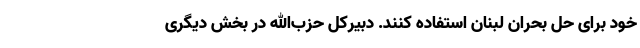
خود برای حل بحران لبنان استفاده کنند. دبیرکل حزب‌الله در بخش دیگری